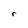
Character: r